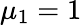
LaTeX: \mu_{1}=1